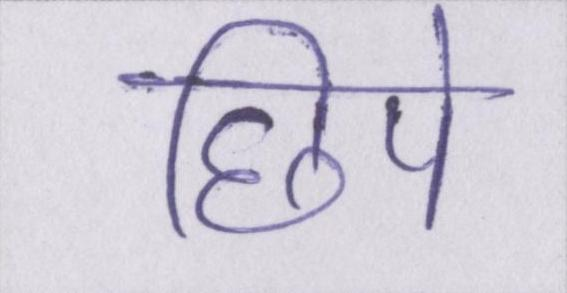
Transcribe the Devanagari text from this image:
छिपे